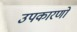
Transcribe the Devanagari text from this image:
उपकारणों